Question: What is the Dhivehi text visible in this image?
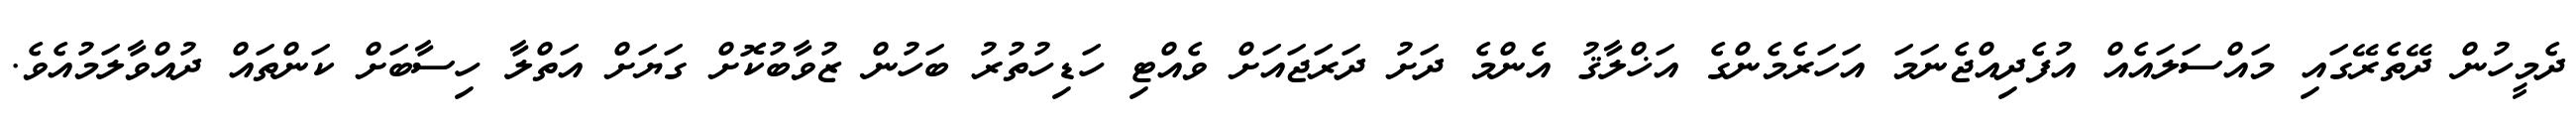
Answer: ދެމީހުން ދޭތެރޭގައި މައްސަލައެއް އުފެދިއްޖެނަމަ އަހަރެމެންގެ އަޚްލާޤު އެންމެ ދަށު ދަރަޖައަށް ވެއްޓި ހަޑިހުތުރު ބަހުން ޒުވާބުކޮށް ގަޔަށް އަތްލާ ހިސާބަށް ކަންތައް ދުއްވާލަމުއެވެ.